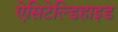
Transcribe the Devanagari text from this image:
ऐसिटेल्डिहाइड